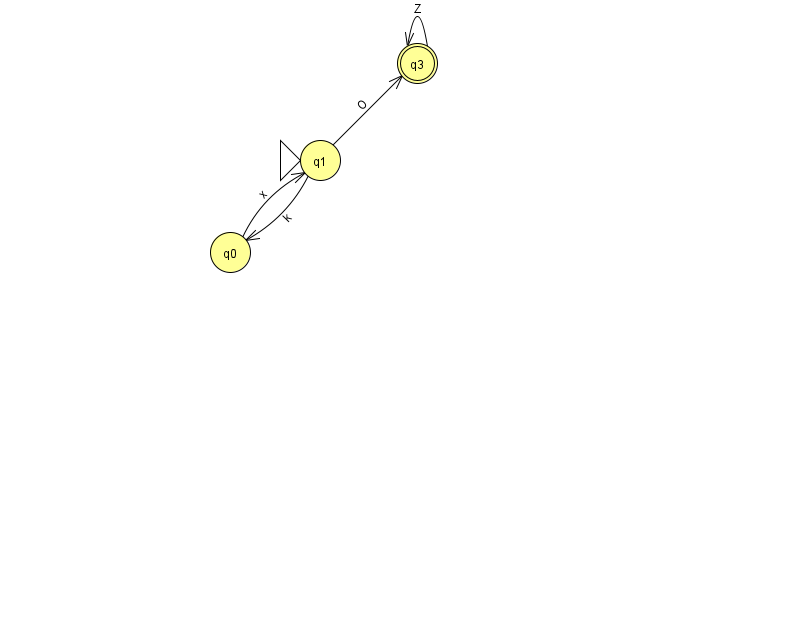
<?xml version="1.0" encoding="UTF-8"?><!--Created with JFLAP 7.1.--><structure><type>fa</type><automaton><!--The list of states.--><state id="0" name="q0"><x>230.0</x><y>239.0</y></state><state id="1" name="q1"><x>320.0</x><y>147.0</y><initial/></state><state id="3" name="q3"><x>417.0</x><y>50.0</y><final/></state><!--The list of transitions.--><transition><from>1</from><to>0</to><read>k</read></transition><transition><from>0</from><to>1</to><read>x</read></transition><transition><from>3</from><to>3</to><read>Z</read></transition><transition><from>1</from><to>3</to><read>O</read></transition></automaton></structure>